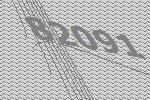
82091